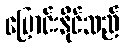
ပြောင်းနိုင်သည်